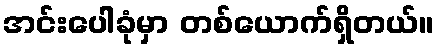
အင်းပေါခုံမှာ တစ်ယောက်ရှိတယ်။